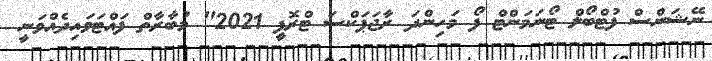
ނޭޝަންސް ފުޓްބޯލް ޓޯނަމަންޓް ފޯ މަހިންދަ ރާޖަޕަކްސަ ޓްރޮފީ 2021" މުބާރާތް ފައްޓަވައިދެއްވަނީ